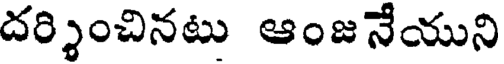
దర్శించినటు ఆంజనేయుని